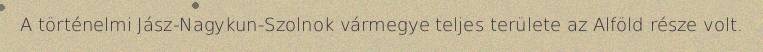
A történelmi Jász-Nagykun-Szolnok vármegye teljes területe az Alföld része volt.